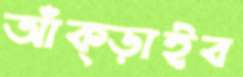
আঁক্‌ড়াইব